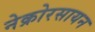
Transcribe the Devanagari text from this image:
नेक्रोरसायन